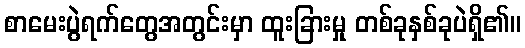
စာမေးပွဲရက်တွေအတွင်းမှာ ထူးခြားမှု တစ်ခုနှစ်ခုပဲရှိ၏။